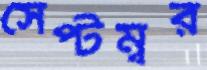
সেপ্টম্বর